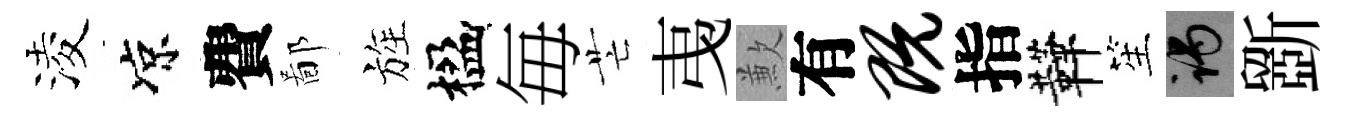
淩凉費鄙旌楹毎芒𢎯歉有既指鞾笙谒斵